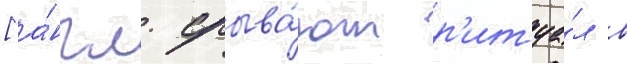
[а́нгл. срыва́ют р'итуа́л в